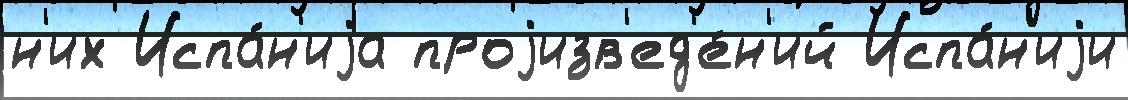
н'их Испа́н'иjа проjизв'ед'е́н'ий Испа́н'иjи